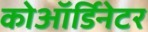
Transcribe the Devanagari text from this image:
कोऑर्डिनेटर